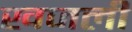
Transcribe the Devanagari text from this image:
खजली